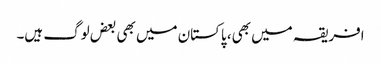
افریقہ میں بھی، پاکستان میں بھی بعض لوگ ہیں۔